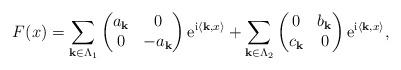
LaTeX: \begin{align*}F(x)=\sum_{{\bf k}\in \Lambda_{1}} \begin{pmatrix}a_{\bf k}&0\\0&-a_{\bf k}\end{pmatrix}{\rm e}^{{\rm i}\langle{\bf k},x\rangle} + \sum_{{\bf k}\in \Lambda_{2}} \begin{pmatrix}0&b_{\bf k}\\c_{\bf k}&0\end{pmatrix}{\rm e}^{{\rm i}\langle{\bf k},x\rangle},\end{align*}